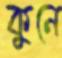
কুনে